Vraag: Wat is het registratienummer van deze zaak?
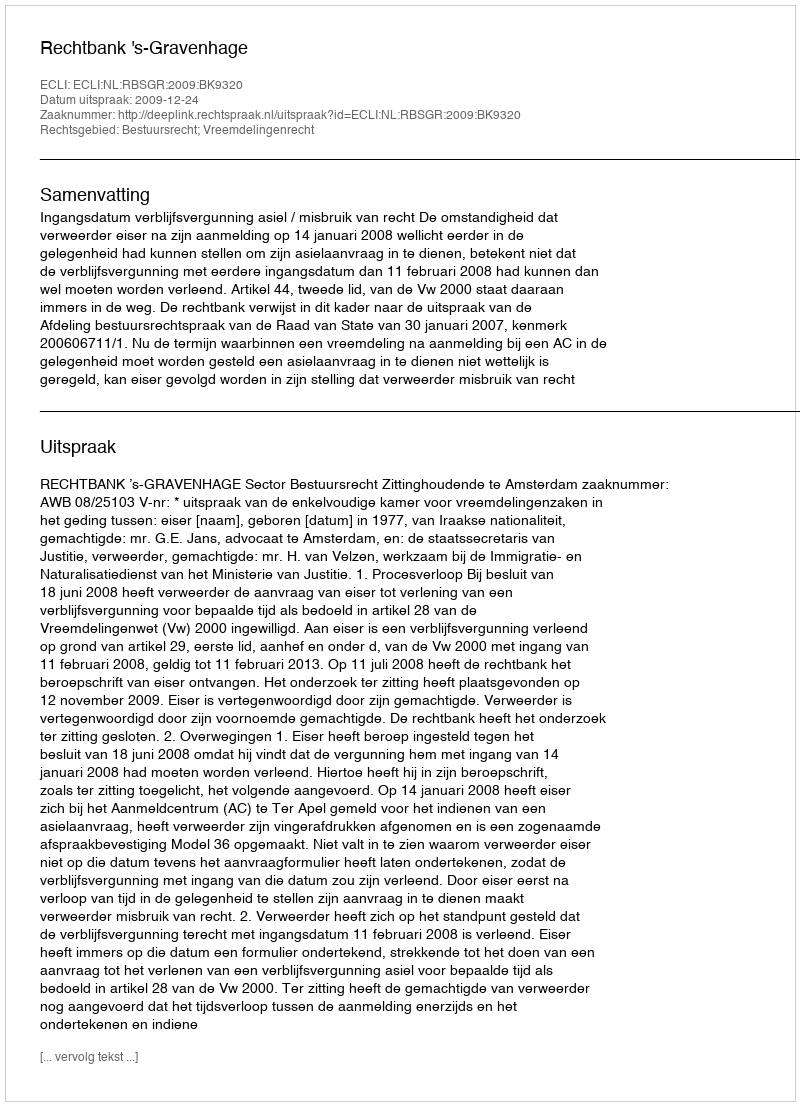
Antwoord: http://deeplink.rechtspraak.nl/uitspraak?id=ECLI:NL:RBSGR:2009:BK9320